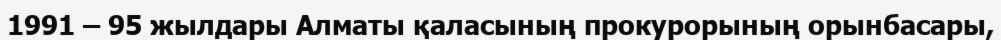
1991 – 95 жылдары Алматы қаласының прокурорының орынбасары,